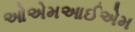
ઓએમઆઈએમ